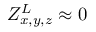
Z _ { x , y , z } ^ { L } \approx 0